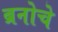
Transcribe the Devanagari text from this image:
ब्रनोचे